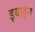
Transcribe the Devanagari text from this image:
इयाइन